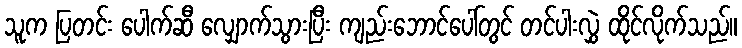
သူက ပြတင်း ပေါက်ဆီ လျှောက်သွားပြီး ကျည်းဘောင်ပေါ်တွင် တင်ပါးလွှဲ ထိုင်လိုက်သည်။